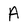
Character: A